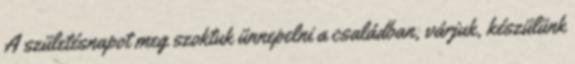
A születésnapot meg szoktuk ünnepelni a családban, várjuk, készülünk